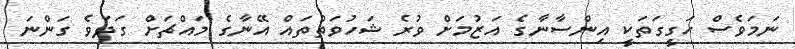
ނަމަވެސް ހަގީގަތަކީ އިންސާނާގެ އަޒުމަށް ވުރެ ޝަހުވަތްތައް އޭނާގެ މައްޗަށް ގަދަވެ ގަންނަ